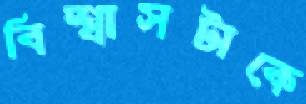
বিশ্বাসটাকে